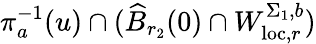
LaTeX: \pi_{a}^{-1}(u)\cap(\widehat{B}_{r_{2}}(0)\cap W_{\mathrm{loc},r}^{\Sigma_{1},b})